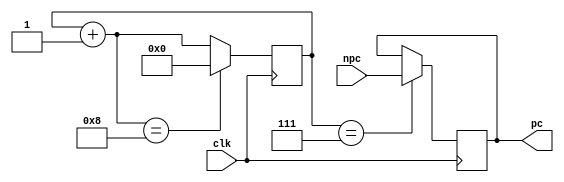
`timescale 1ns / 1ps
//////////////////////////////////////////////////////////////////////////////////
// Company:
// Engineer:
//
// Design Name:
// Module Name: pc
// Project Name:
// Target Devices:
// Tool Versions:
// Description:
//
// Dependencies:
//
// Revision:
// Revision 0.01 - File Created
// Additional Comments:
//
//////////////////////////////////////////////////////////////////////////////////


module pc_handler(
        input clk,
        input [31:0] npc,
        output [31:0] pc
    );

    reg [31:0] pc_reg;
    reg [31:0] current_pc;

    reg [3:0] clk_counter;

    initial begin
        pc_reg = 32'd0;
        clk_counter = 4'd0;
    end

    always @(posedge clk) begin
        if (clk_counter == 4'd7) begin
            pc_reg <= npc;
        end

        clk_counter = clk_counter + 4'd1;

        if (clk_counter == 4'd8) begin
            clk_counter <= 4'd0;
        end
    end

    assign pc = pc_reg;

endmodule